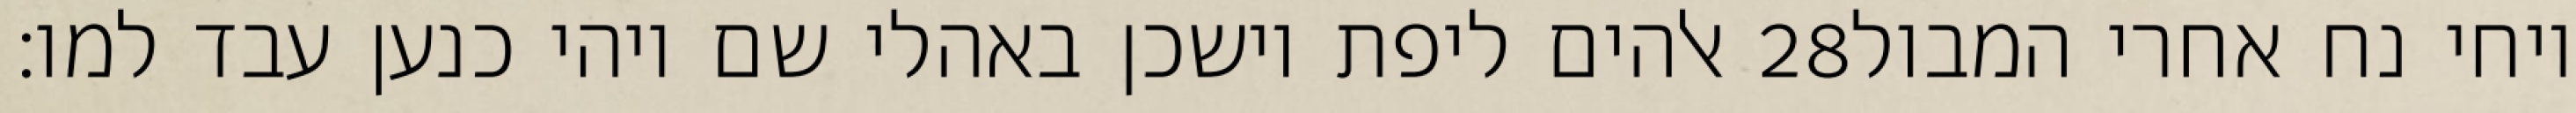
אלהים ליפת וישכן באהלי שם ויהי כנען עבד למו׃ ‎28‏ ויחי נח אחרי המבול